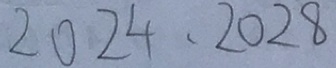
2 0 2 4 , 2 0 2 8